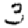
Digit: 3